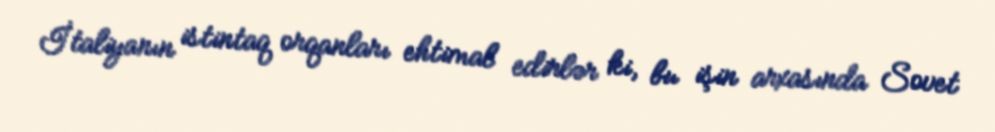
İtaliyanın istintaq orqanları ehtimal edirlər ki, bu işin arxasında Sovet